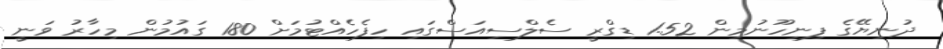
ދުނިޔޭގެ ފިނިހޫނުމިން 1.52 ޑިގްރީ ސެލްސިއަސްގައި ހިފެހެއްޓުމަށް 180 ގައުމުން މިހާރު ވަނީ